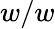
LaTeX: w/w